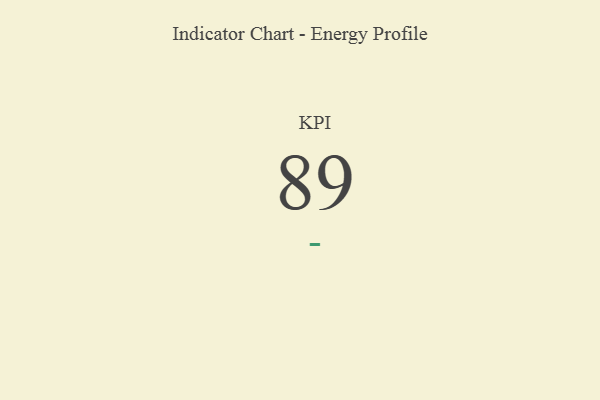
{"axis": {"x": "KPI", "y": "Value"}, "legend": [""], "data": [{"x": "KPI", "y": 89, "type": ""}]}